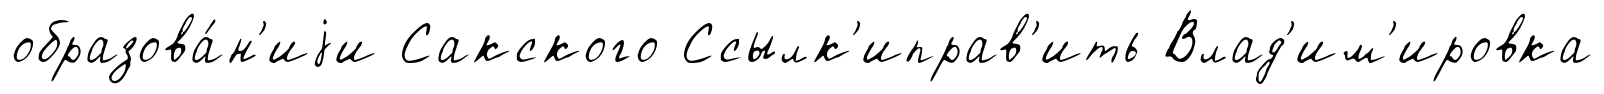
образова́н'иjи Сакского Ссылк'иправ'ить Влад'им'ировка